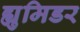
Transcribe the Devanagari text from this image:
ह्युमिडर